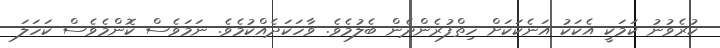
ކުރެވުނު ކަމަކީ އެކަކު އަނެކަކަށް ހިތްފުރެންދެން ބެލުމެވެ. ވާހަކަދެއްކުމެވެ. ނަމަވެސް ކޮންމެވެސް ކަހަލަ